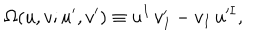
LaTeX: \Omega ( u , v ; u ^ { \prime } , v ^ { \prime } ) \equiv u ^ { I } \, v _ { I } ^ { \prime } - v _ { I } \, u ^ { \prime I } ,